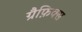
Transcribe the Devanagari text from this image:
ग्रैफ़िक्स